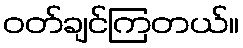
ဝတ်ချင်ကြတယ်။